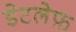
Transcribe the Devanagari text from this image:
डेटलेफ़